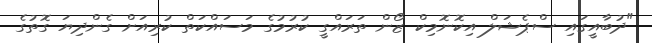
"ދުބާއީގައި ސްޕެޝަލް އިކޮނޮމިކް ޒޯން ތަރައްގީ ކުރުމުގެ މަސައްކަތް ކުރިއަށް ގެންދިޔަ ގޮތުގެ